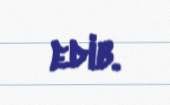
edib.